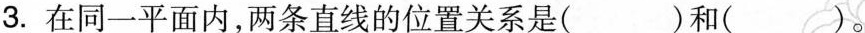
3.在同一平面内，两条直线的位置关系是( )和( )。